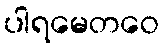
ပါရမေတဝေ